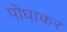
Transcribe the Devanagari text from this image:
पोधाकर